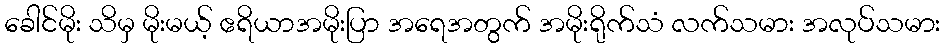
ခေါင်မိုး သိမှ မိုးမယ့် ဧရိယာအမိုးပြာ အရေအတွက် အမိုးရိုက်သံ လက်သမား အလုပ်သမား